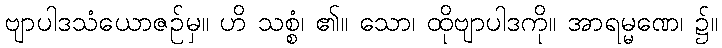
ဗျာပါဒသံယောဇဉ်မှ။ ဟိ သစ္စံ၊ ၏။ သော၊ ထိုဗျာပါဒကို။ အာရမ္မဏေ၊ ၌။